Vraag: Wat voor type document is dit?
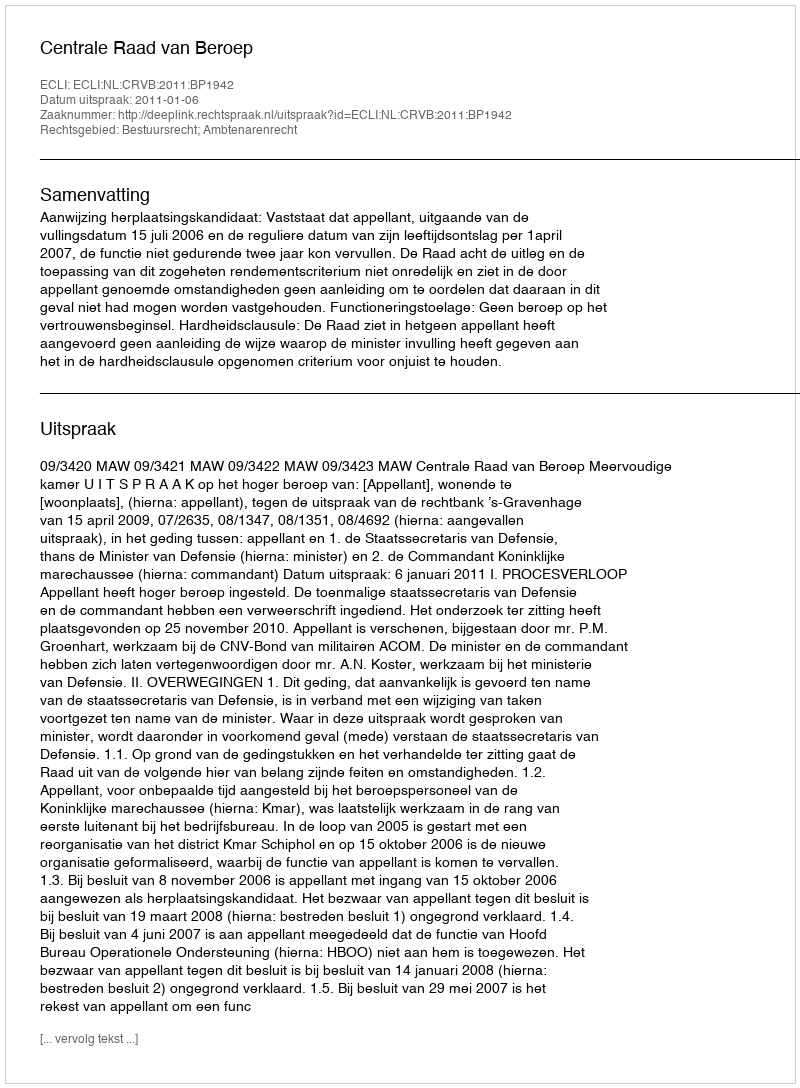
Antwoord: Uitspraak